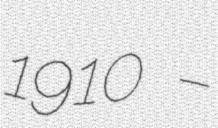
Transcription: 1910 –